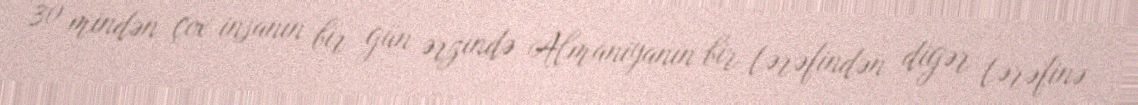
30 mindən çox insanın bir gün ərzində Almaniyanın bir tərəfindən digər tərəfinə